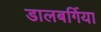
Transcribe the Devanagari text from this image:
डालबर्गिया